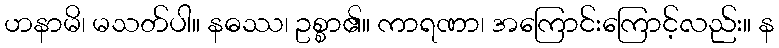
ဟနာမိ၊ မသတ်ပါ။ နဓဿ၊ ဥစ္စာ၏။ ကာရဏာ၊ အကြောင်းကြောင့်လည်း။ န